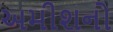
અમીશનો